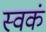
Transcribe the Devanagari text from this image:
स्वकं